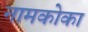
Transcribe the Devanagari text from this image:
नामकोका